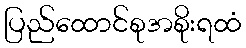
ပြည်ထောင်စုအစိုးရထံ